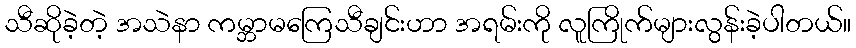
သီဆိုခဲ့တဲ့ အသဲနာ ကမ္ဘာမကြေသီချင်းဟာ အရမ်းကို လူကြိုက်များလွန်းခဲ့ပါတယ်။